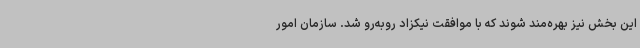
این بخش نیز بهره‌مند شوند که با موافقت نیکزاد روبه‌رو شد. سازمان امور